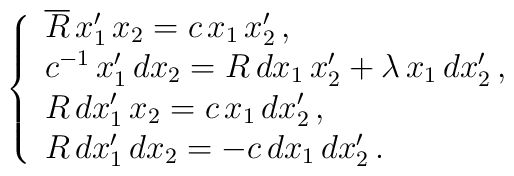
\;\;\;\;\; \left\{\begin{array}{l} \overline{R}\,x_1'\,x_2=c\,x_1\,x_2'\,, \\c^{-1}\,x_1'\,dx_2=R\,dx_1\,x_2'+\lambda\,x_1\,dx_2'\,,  \\ R\,dx_1'\,x_2=c\,x_1\,dx_2'\,, \\ R\,dx_1'\,dx_2=-c\,dx_1\,dx_2'\, . \\\end{array}\right.